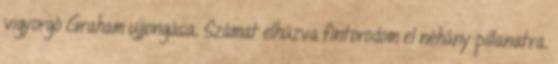
vigyorgó Graham ujjongása. Számat elhúzva fintorodom el néhány pillanatra.